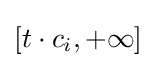
[t\cdot c_{i},+\infty ]